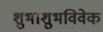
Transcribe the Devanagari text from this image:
शुभाशुभविवेक